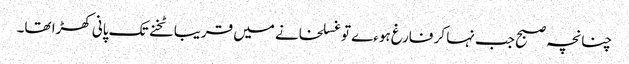
چنانچہ صبح جب نہا کر فارغ ہوءے تو غسلخانے میں قریبا ٹخنے تک پانی کھڑا تھا۔